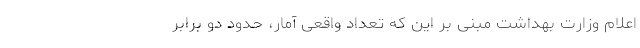
اعلام وزارت بهداشت مبنی بر این که تعداد واقعی آمار، حدود دو برابر